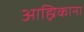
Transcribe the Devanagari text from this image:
आह्निकाना